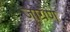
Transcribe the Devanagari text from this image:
जाग्रण